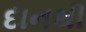
દાનથી